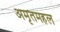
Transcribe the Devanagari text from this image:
अमृतमहल